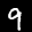
Label: 9